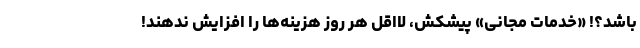
باشد؟! «خدماتِ مجانی» پیشکش، لااقل هر روز هزینه‌ها را افزایش ندهند!